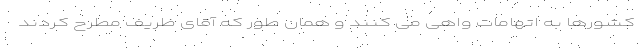
کشورها به اتهامات واهی می کنند و همان طور که آقای ظریف مطرح کردند